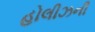
હોલીઝની